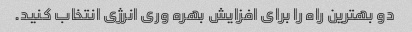
دو بهترین راه را برای افزایش بهره وری انرژی انتخاب کنید.